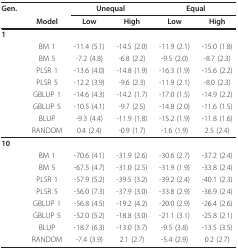
<table><thead><tr><td><b>Gen.</b></td><td></td><td colspan="2"><b>Unequal</b></td><td colspan="2"><b>Equal</b></td></tr><tr><td></td><td><b>Model</b></td><td><b>Low</b></td><td><b>High</b></td><td><b>Low</b></td><td><b>High</b></td></tr></thead><tbody><tr><td><b>1</b></td><td></td><td></td><td></td><td></td><td></td></tr><tr><td></td><td>BM 1</td><td>-11.4 (5.1)</td><td>-14.5 (2.0)</td><td>-11.9 (2.1)</td><td>-15.0 (1.8)</td></tr><tr><td></td><td>BM 5</td><td>-7.2 (4.8)</td><td>-6.8 (2.2)</td><td>-9.5 (2.0)</td><td>-8.7 (2.3)</td></tr><tr><td></td><td>PLSR 1</td><td>-13.6 (4.0)</td><td>-14.8 (1.9)</td><td>-16.3 (1.9)</td><td>-15.6 (2.2)</td></tr><tr><td></td><td>PLSR 5</td><td>-12.2 (3.9)</td><td>-9.6 (2.3)</td><td>-11.9 (2.1)</td><td>-8.0 (2.3)</td></tr><tr><td></td><td>GBLUP 1</td><td>-14.6 (4.3)</td><td>-14.2 (1.7)</td><td>-17.0 (1.5)</td><td>-14.9 (2.2)</td></tr><tr><td></td><td>GBLUP 5</td><td>-10.5 (4.1)</td><td>-9.7 (2.5)</td><td>-14.8 (2.0)</td><td>-11.6 (1.5)</td></tr><tr><td></td><td>BLUP</td><td>-9.3 (4.4)</td><td>-11.9 (1.8)</td><td>-15.2 (1.9)</td><td>-11.8 (1.6)</td></tr><tr><td></td><td>RANDOM</td><td>0.4 (2.4)</td><td>-0.9 (1.7)</td><td>-1.6 (1.9)</td><td>2.5 (2.4)</td></tr><tr><td><b>10</b></td><td></td><td></td><td></td><td></td><td></td></tr><tr><td></td><td>BM 1</td><td>-70.6 (4.1)</td><td>-31.9 (2.6)</td><td>-30.6 (2.7)</td><td>-37.2 (2.4)</td></tr><tr><td></td><td>BM 5</td><td>-67.5 (4.7)</td><td>-31.0 (2.5)</td><td>-31.9 (1.9)</td><td>-33.8 (2.4)</td></tr><tr><td></td><td>PLSR 1</td><td>-57.9 (5.2)</td><td>-39.5 (3.2)</td><td>-39.2 (2.4)</td><td>-40.1 (2.3)</td></tr><tr><td></td><td>PLSR 5</td><td>-56.0 (7.3)</td><td>-37.9 (3.0)</td><td>-33.8 (2.9)</td><td>-36.9 (2.4)</td></tr><tr><td></td><td>GBLUP 1</td><td>-56.8 (4.5)</td><td>-19.2 (4.2)</td><td>-20.0 (2.9)</td><td>-26.4 (2.6)</td></tr><tr><td></td><td>GBLUP 5</td><td>-52.0 (5.2)</td><td>-18.8 (3.0)</td><td>-21.1 (3.1)</td><td>-25.8 (2.1)</td></tr><tr><td></td><td>BLUP</td><td>-18.7 (6.3)</td><td>-13.0 (3.7)</td><td>-9.5 (3.8)</td><td>-13.5 (3.5)</td></tr><tr><td></td><td>RANDOM</td><td>-7.4 (3.9)</td><td>2.1 (2.7)</td><td>-5.4 (2.9)</td><td>0.2 (2.7)</td></tr></tbody></table>